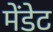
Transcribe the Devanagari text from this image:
मेंडेट